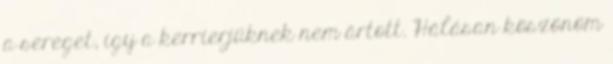
a sereget, így a kerrierjüknek nem ártott. Hálásan köszönöm